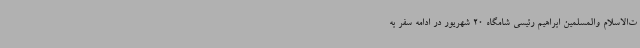
ت‌الاسلام والمسلمین ابراهیم رئیسی شامگاه 20 شهریور در ادامه سفر به